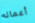
أعماله